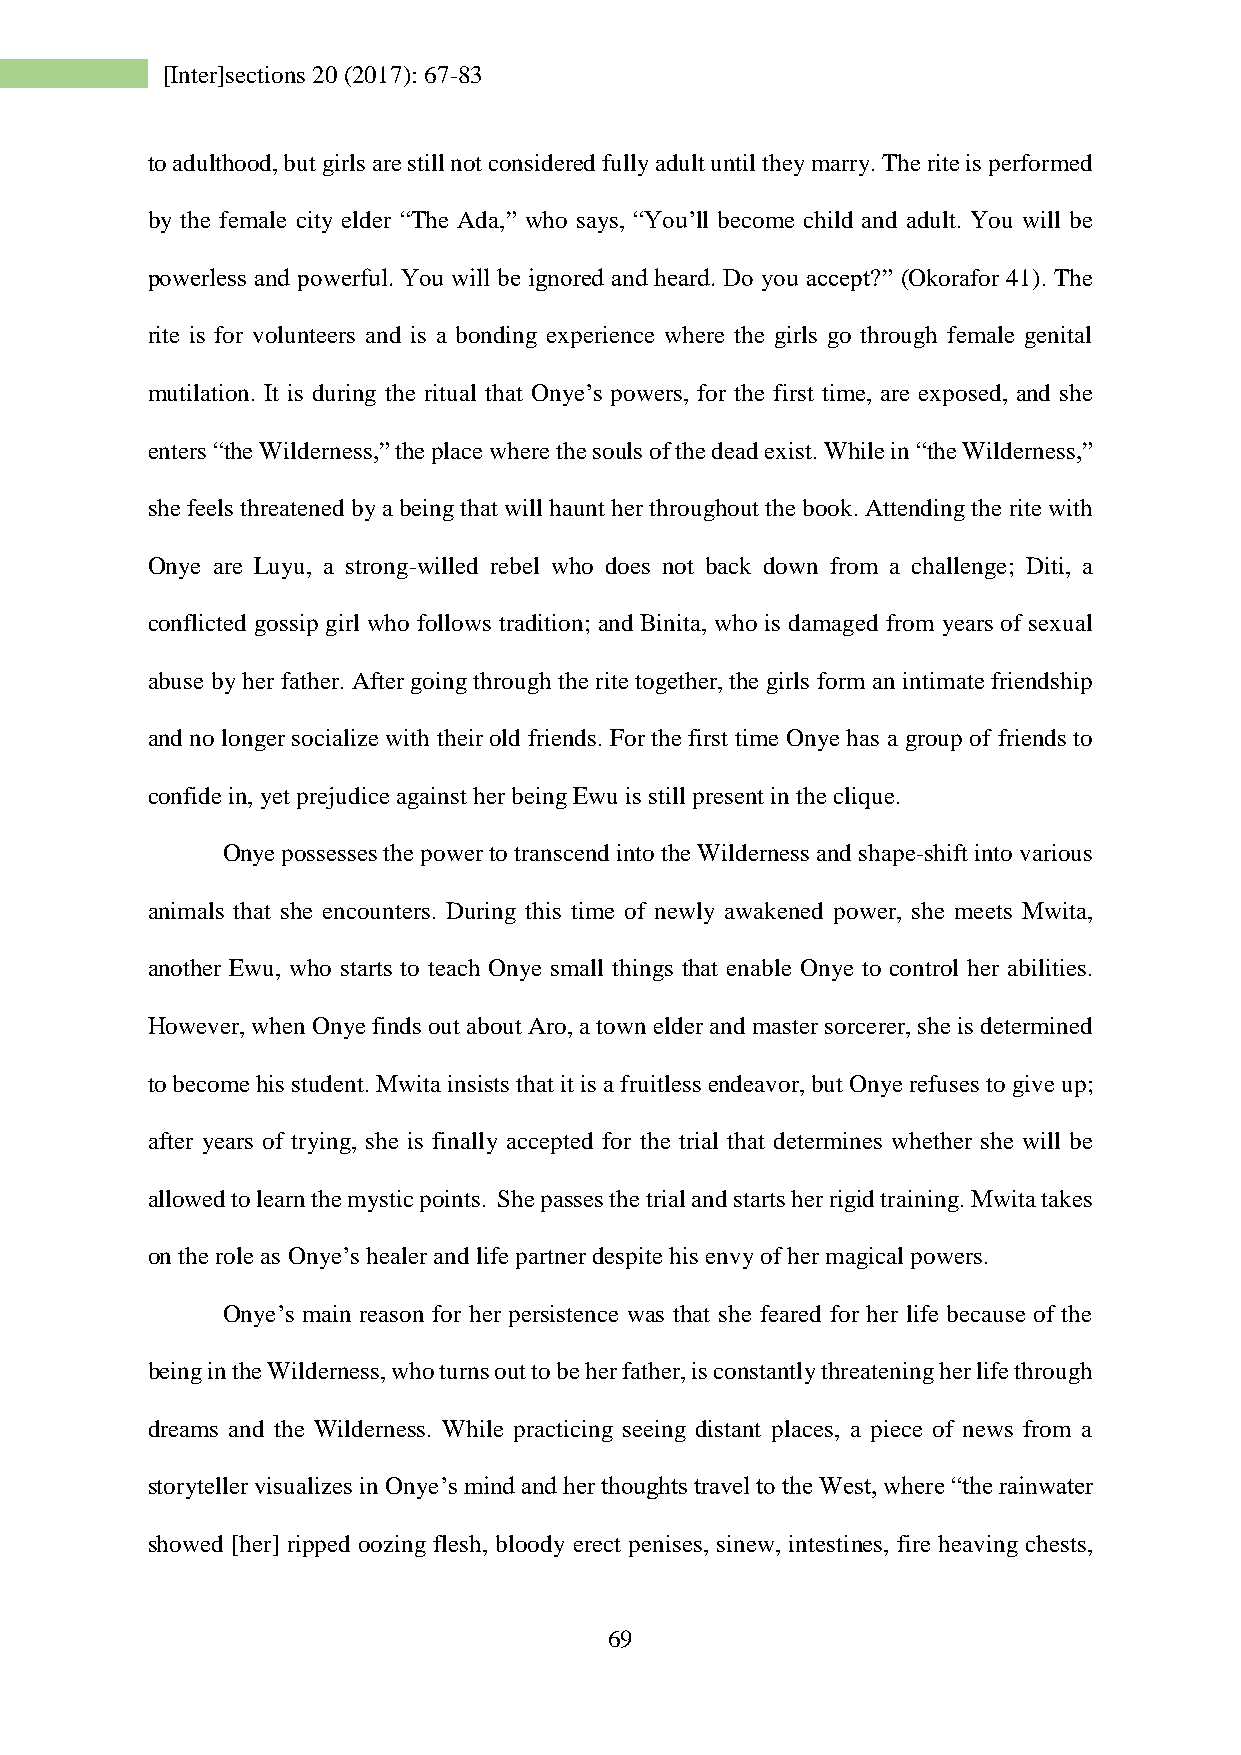
[Inter]sections 20 (2017): 67-83
 to adulthood, but girls are still not considered fully adult until they marry. The rite is performed
 by the female city elder “The Ada,” who says, “You’ll become child and adult. You will be
 powerless and powerful. You will be ignored and heard. Do you accept?” (Okorafor 41). The
 rite is for volunteers and is a bonding experience where the girls go through female genital
 mutilation. It is during the ritual that Onye’s powers, for the first time, are exposed, and she
 enters “the Wilderness,” the place where the souls of the dead exist. While in “the Wilderness,”
 she feels threatened by a being that will haunt her throughout the book. Attending the rite with
 Onye are Luyu, a strong-willed rebel who does not back down from a challenge; Diti, a
 conflicted gossip girl who follows tradition; and Binita, who is damaged from years of sexual
 abuse by her father. After going through the rite together, the girls form an intimate friendship
 and no longer socialize with their old friends. For the first time Onye has a group of friends to
 confide in, yet prejudice against her being Ewu is still present in the clique.
 Onye possesses the power to transcend into the Wilderness and shape-shift into various
 animals that she encounters. During this time of newly awakened power, she meets Mwita,
 another Ewu, who starts to teach Onye small things that enable Onye to control her abilities.
 However, when Onye finds out about Aro, a town elder and master sorcerer, she is determined
 to become his student. Mwita insists that it is a fruitless endeavor, but Onye refuses to give up;
 after years of trying, she is finally accepted for the trial that determines whether she will be
 allowed to learn the mystic points. She passes the trial and starts her rigid training. Mwita takes
 on the role as Onye’s healer and life partner despite his envy of her magical powers.
 Onye’s main reason for her persistence was that she feared for her life because of the
 being in the Wilderness, who turns out to be her father, is constantly threatening her life through
 dreams and the Wilderness. While practicing seeing distant places, a piece of news from a
 storyteller visualizes in Onye’s mind and her thoughts travel to the West, where “the rainwater
 showed [her] ripped oozing flesh, bloody erect penises, sinew, intestines, fire heaving chests,
 69